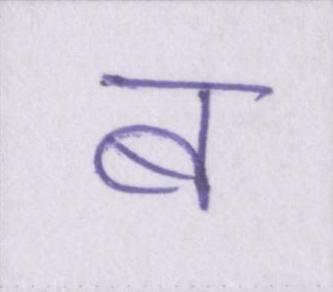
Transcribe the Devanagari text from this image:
ब